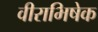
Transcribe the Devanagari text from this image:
वीराभिषेक